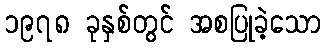
၁၉၇၈ ခုနှစ်တွင် အစပြုခဲ့သော